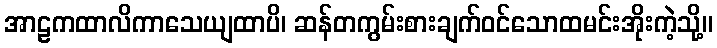
အာဠကထာလိကာသေယျထာပိ၊ ဆန်တကွမ်းစားချက်ဝင်သောထမင်းအိုးကဲ့သို့။